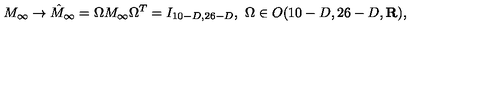
M _ { \infty } \to \hat { M } _ { \infty } = \Omega M _ { \infty } \Omega ^ { T } = I _ { 1 0 - D , 2 6 - D } , \ \Omega \in O ( 1 0 - D , 2 6 - D , { \bf R } ) ,